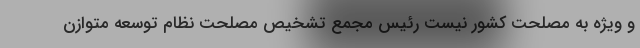
و ویژه به مصلحت کشور نیست رئیس مجمع تشخیص مصلحت نظام توسعه متوازن